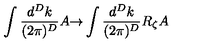
\int \frac { d ^ { D } k } { ( 2 \pi ) ^ { D } } A { \rightarrow } \int \frac { d ^ { D } k } { ( 2 \pi ) ^ { D } } R _ { \zeta } A